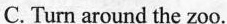
C. Turn around the zoo.